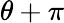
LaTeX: \theta+\pi